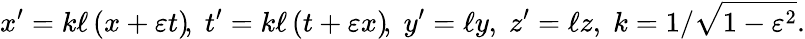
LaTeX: x^{\prime}=k\ell\left(x+\varepsilon t\right)\! ,\; t^{\prime}=k\ell\left(t+\varepsilon x\right)\! ,\; y^{\prime}=\ell y,\; z^{\prime}=\ell z,\; k=1/{\sqrt{1-\varepsilon^{2}}}.